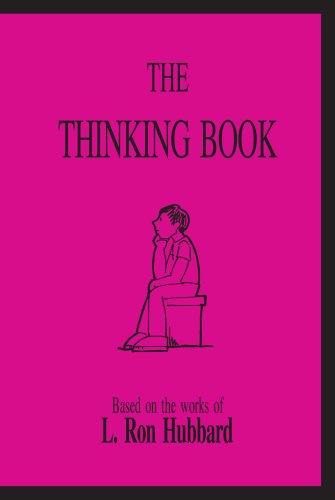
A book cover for The Thinking Book; L. Ron Hubbard; Religion & Spirituality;